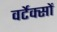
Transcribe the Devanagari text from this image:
वर्टेक्सों